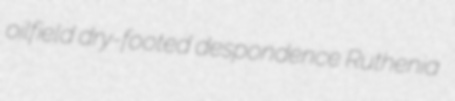
oilfield dry-footed despondence Ruthenia